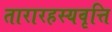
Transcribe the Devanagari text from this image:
तारारहस्यवृत्ति